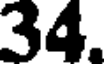
34.